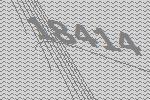
18414